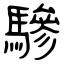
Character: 驂